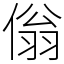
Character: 傟